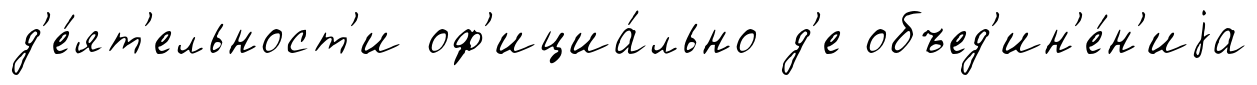
д'е́ят'ельност'и оф'ициа́льно д'е объед'ин'е́н'иjа